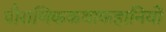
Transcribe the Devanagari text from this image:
पौराणिककथाकहानियों